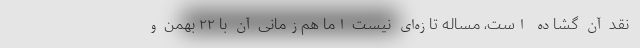
نقد آن گشاده است، مساله تازه‌ای نیست اما هم‌زمانی آن با ۲۲ بهمن و